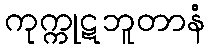
ကုက္ကုဋဘူတာနံ